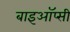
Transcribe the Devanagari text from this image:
बाइऑप्सी